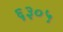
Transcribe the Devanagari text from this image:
६३०५